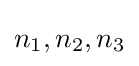
n_{1},n_{2},n_{3}